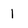
Character: l